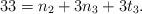
LaTeX: \begin{align*}33 = n_{2}+3n_{3}+3t_{3}.\end{align*}